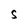
Character: S